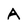
Character: A